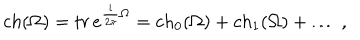
c h ( \Omega ) = t r \, e ^ { \frac { i } { 2 \pi } \Omega } = c h _ { 0 } ( \Omega ) + c h _ { 1 } ( \Omega ) + \ldots \; ,